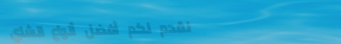
نقدم لكم أفضل أنواع الشاي